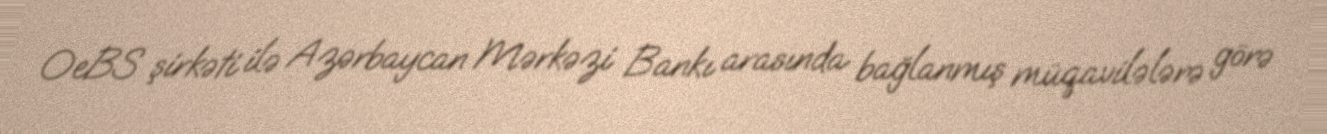
OeBS şirkəti ilə Azərbaycan Mərkəzi Bankı arasında bağlanmış müqavilələrə görə